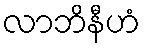
လာဘိနီဟံ